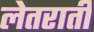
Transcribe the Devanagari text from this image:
लेतराती